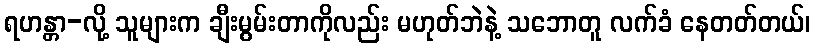
ရဟန္တာ-လို့ သူများက ချီးမွမ်းတာကိုလည်း မဟုတ်ဘဲနဲ့ သဘောတူ လက်ခံ နေတတ်တယ်၊